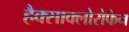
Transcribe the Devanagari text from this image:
हैक्साक्लोरोफेन